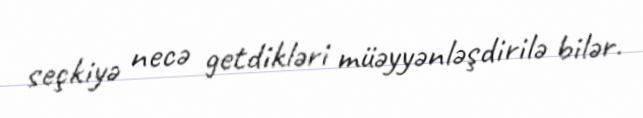
seçkiyə necə getdikləri müəyyənləşdirilə bilər.